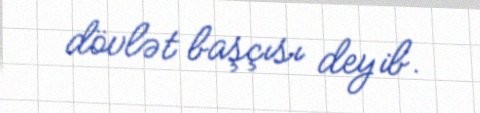
dövlət başçısı deyib.